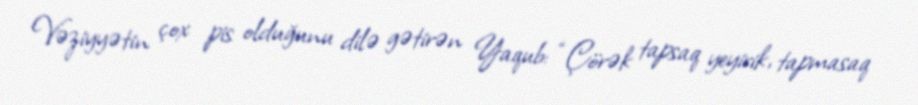
Vəziyyətin çox pis olduğunu dilə gətirən Yaqub: “Çörək tapsaq yeyirik, tapmasaq